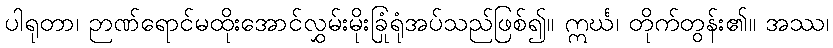
ပါရုတာ၊ ဉာဏ်ရောင်မထိုးအောင်လွှမ်းမိုးခြုံရုံအပ်သည်ဖြစ်၍။ ဣင်္ဃ၊ တိုက်တွန်း၏။ အဿ၊